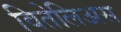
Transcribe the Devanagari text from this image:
वितेलिअस